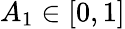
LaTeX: A_{1}\in[0,1]